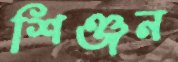
শিঞ্জন